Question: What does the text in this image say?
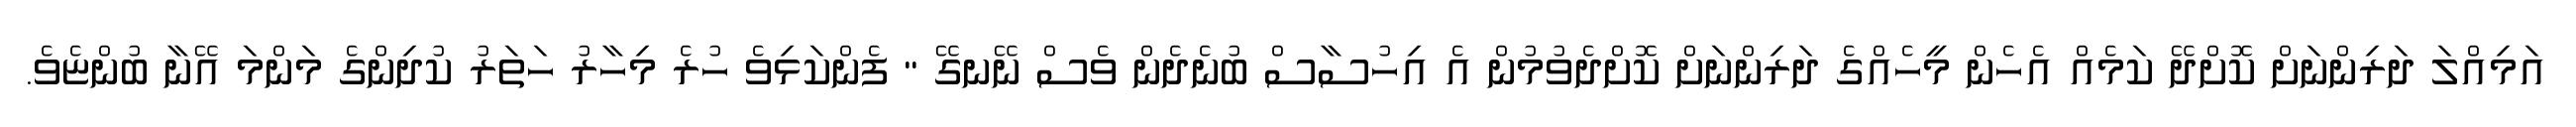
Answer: އަމިއްލަ ދަރިންނަށް ކޮށްދޭ ކަމެއް އެހެން މީހެއްގެ ދަރިންނަށް ކޮށްދެވުމުން އެ އިހުސާސް ބުނެދެން ވެސް ނޭނގޭ " ފެންކަޅިވެ ހުރެ މިހާރު ހަތަރު ކުދިންގެ މަންމަ އޭނާ ބުންޏެވެ.